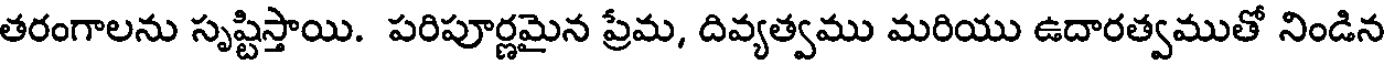
తరంగాలను సృష్టిస్తాయి. పరిపూర్ణమైన ప్రేమ, దివ్యత్వము మరియు ఉదారత్వముతో నిండిన